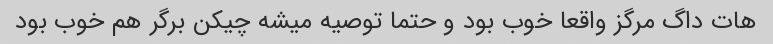
هات داگ مرگز واقعا خوب بود و حتما توصیه میشه چیکن برگر هم خوب بود